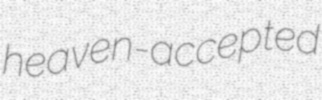
heaven-accepted